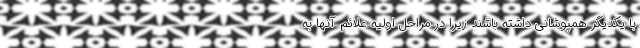
با یکدیگر همپوشانی داشته باشند زیرا در مراحل اولیه علائم آنها به